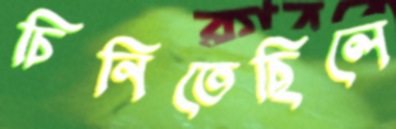
চিনিতেছিলে